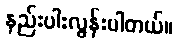
နည်းပါးလွန်းပါတယ်။